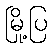
မြို့ပြ